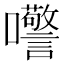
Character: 𫬺